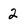
Character: 2